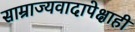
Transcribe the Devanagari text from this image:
साम्राज्यवादापेक्षाही